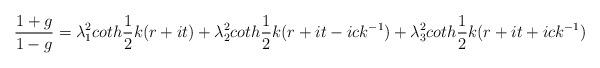
LaTeX: \begin{align*}\frac{1+g}{1-g}=\lambda_1^2 coth\frac{1}{2} k(r+it) +\lambda_2^2coth\frac{1}{2} k(r+it - ic k^{-1}) + \lambda_3^2coth\frac{1}{2} k(r+it + ic k^{-1})\end{align*}